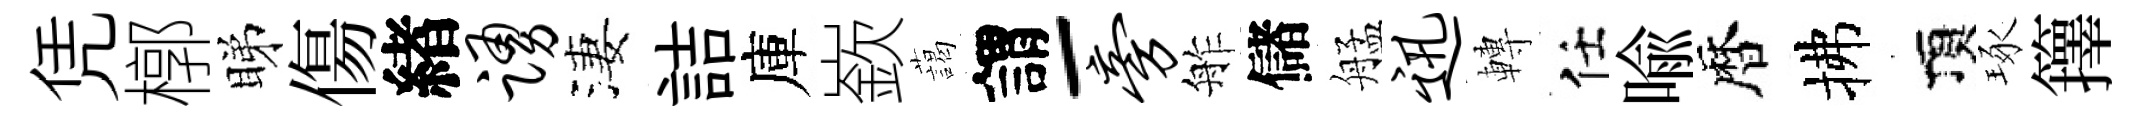
凭槨睇傷緖踊淒詰庫嶔藹謂-旁舴儲艋迅轉任喩暦拂頂琢籜